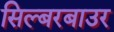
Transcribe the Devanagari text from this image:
सिल्बरबाउर